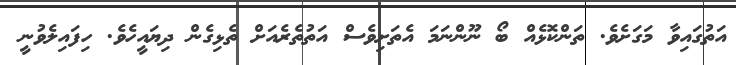
އަތުގައިވާ މަގަށެވެ. ތަންކޮޅެއް ބޯ ނޫންނަމަ އެތަށިވެސް އަތުތެރެއަށް ތެޅިގެން ދިޔައީހެވެ. ހިފައިލެވުނީ